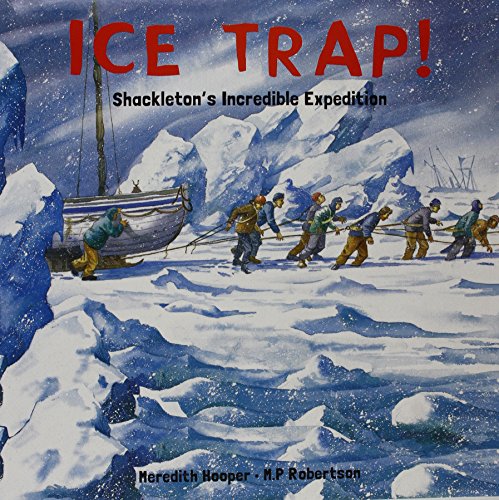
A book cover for Ice Trap!: Shackleton's Incredible Expedition; Meredith Hooper; Children's Books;